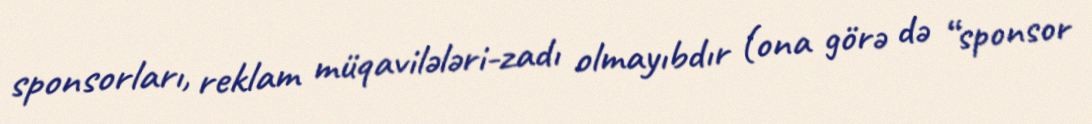
sponsorları, reklam müqavilələri-zadı olmayıbdır (ona görə də “sponsor